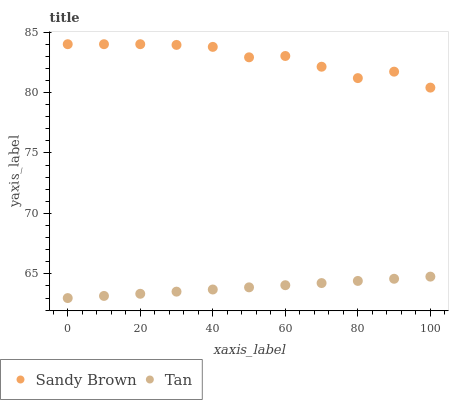
| xaxis_label | Sandy Brown | Tan |
 | --- | --- | --- |
 | 0 | 84 | 63 |
 | 10 | 84 | 63.2 |
 | 20 | 84 | 63.4 |
 | 30 | 83.9 | 63.5 |
 | 40 | 83.8 | 63.7 |
 | 50 | 82.9 | 63.9 |
 | 60 | 83 | 64.1 |
 | 70 | 82.1 | 64.2 |
 | 80 | 81.2 | 64.4 |
 | 90 | 81.7 | 64.6 |
 | 100 | 80.4 | 64.8 |